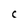
Character: C